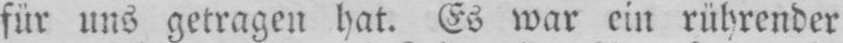
für uns getragen hat. Es war ein rührender